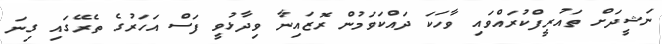
ނަޝީދަށް ތައުރީފްކުރައްވައި ވާހަކަ ދައްކަވަމުން ރޮޒައިނާ ވިދާޅުވީ ފަސް އަހަރުގެ ތެރޭގައި ގިނަ